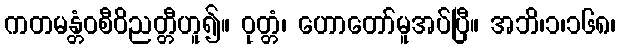
ကတမန္တံဝစီဝိညတ္တီဟူ၍။ ဝုတ္တံ၊ ဟောတော်မူအပ်ပြီ။ အဘိ၊၁၊၁၆၈၊